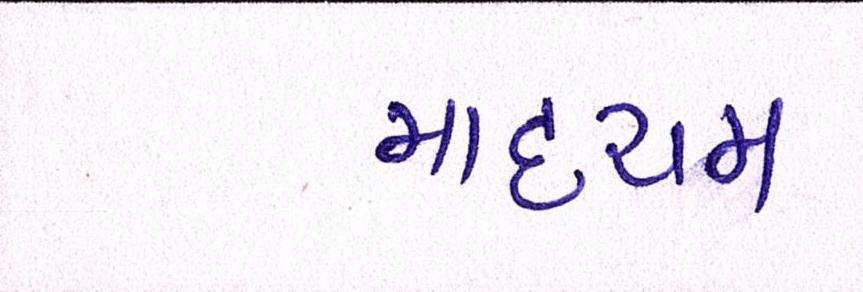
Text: માધ્યમ